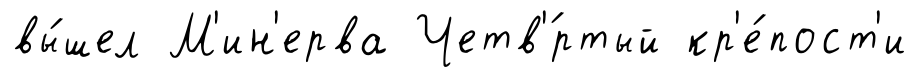
вы́шел М'ин'ерва Четв'́ртый кр'е́пост'и